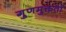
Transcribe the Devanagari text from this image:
गुणमुक्तता